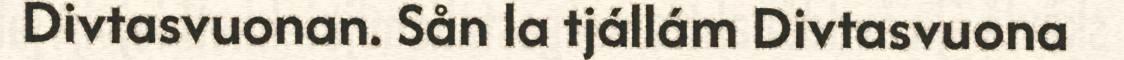
Divtasvuonan. Sån la tjállám Divtasvuona